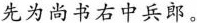
先为尚书右中兵郎。